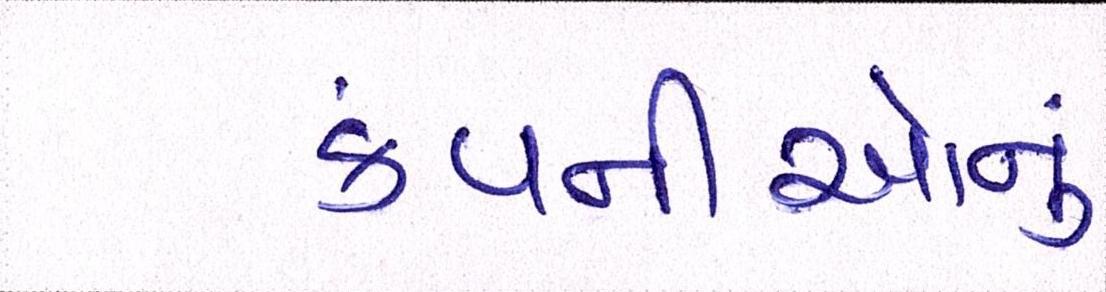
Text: કંપનીઓનું